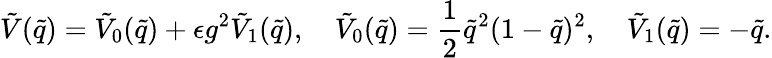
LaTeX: \tilde{V}(\tilde{q})=\tilde{V}_{0}(\tilde{q})+\epsilon g^{2}\tilde{V}_{1}(\tilde{q}),\quad\tilde{V}_{0}(\tilde{q})=\frac{1}{2}\tilde{q}^{2}(1-\tilde{q})^{2},\quad\tilde{V}_{1}(\tilde{q})=-\tilde{q}.